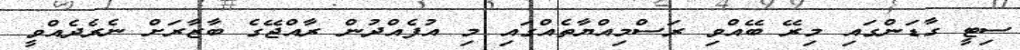
ސިޓީ ގާޑަންގައި މިރޭ ބޭއްވި ރަސްމިއްޔާތެއްގައި މި އުފެއްދުން ރާއްޖޭގެ ބާޒާރަށް ނެރެދެއްވީ